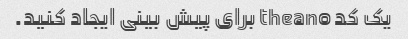
یک کد theano برای پیش بینی ایجاد کنید.